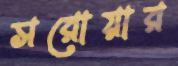
সরোয়ার